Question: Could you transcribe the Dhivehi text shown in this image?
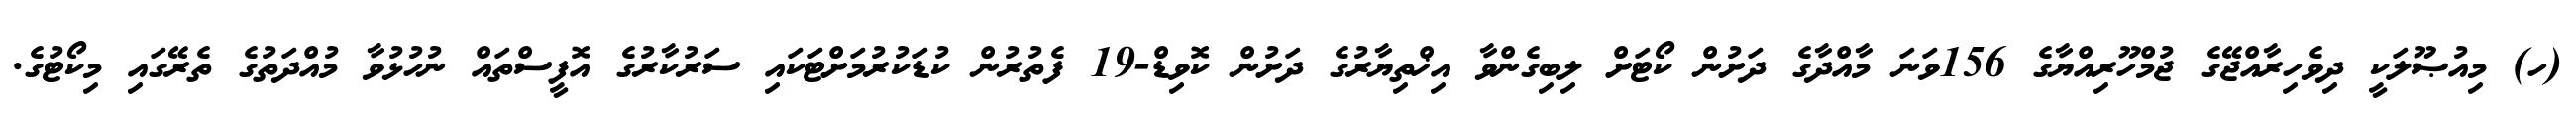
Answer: (ހ) މިއުޞޫލަކީ ދިވެހިރާއްޖޭގެ ޖުމްހޫރިއްޔާގެ 156ވަނަ މާއްދާގެ ދަށުން ކޯޓަށް ލިބިގެންވާ އިޚްތިޔާރުގެ ދަށުން ކޮވިޑް-19 ފެތުރުން ކުޑަކުރުމަށްޓަކައި ސަރުކާރުގެ އޮފީސްތައް ނުހުޅުވާ މުއްދަތުގެ ތެރޭގައި މިކޯޓުގެ.